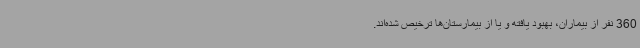
360 نفر از بیماران، بهبود یافته و یا از بیمارستان‌ها ترخیص شده‌اند.